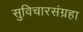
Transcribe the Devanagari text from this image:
सुविचारसंग्रहा